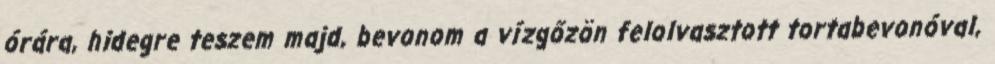
órára, hidegre teszem majd, bevonom a vízgőzön felolvasztott tortabevonóval,